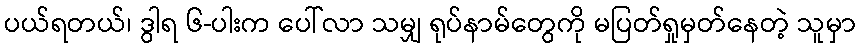
ပယ်ရတယ်၊ ဒွါရ ၆-ပါးက ပေါ်လာ သမျှ ရုပ်နာမ်တွေကို မပြတ်ရှုမှတ်နေတဲ့ သူမှာ